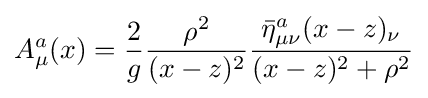
A_{\mu }^{a}(x)={\frac {2}{g}}{\frac {\rho ^{2}}{(x-z)^{2}}}{\frac {{\bar {\eta }}_{\mu \nu }^{a}(x-z)_{\nu }}{(x-z)^{2}+\rho ^{2}}}